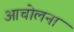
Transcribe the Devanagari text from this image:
आचोलना